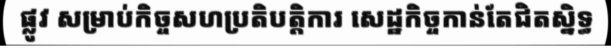
ផ្លូវ សម្រាប់កិច្ចសហប្រតិបត្តិការ សេដ្ឋកិច្ចកាន់តែជិតស្និទ្ធ